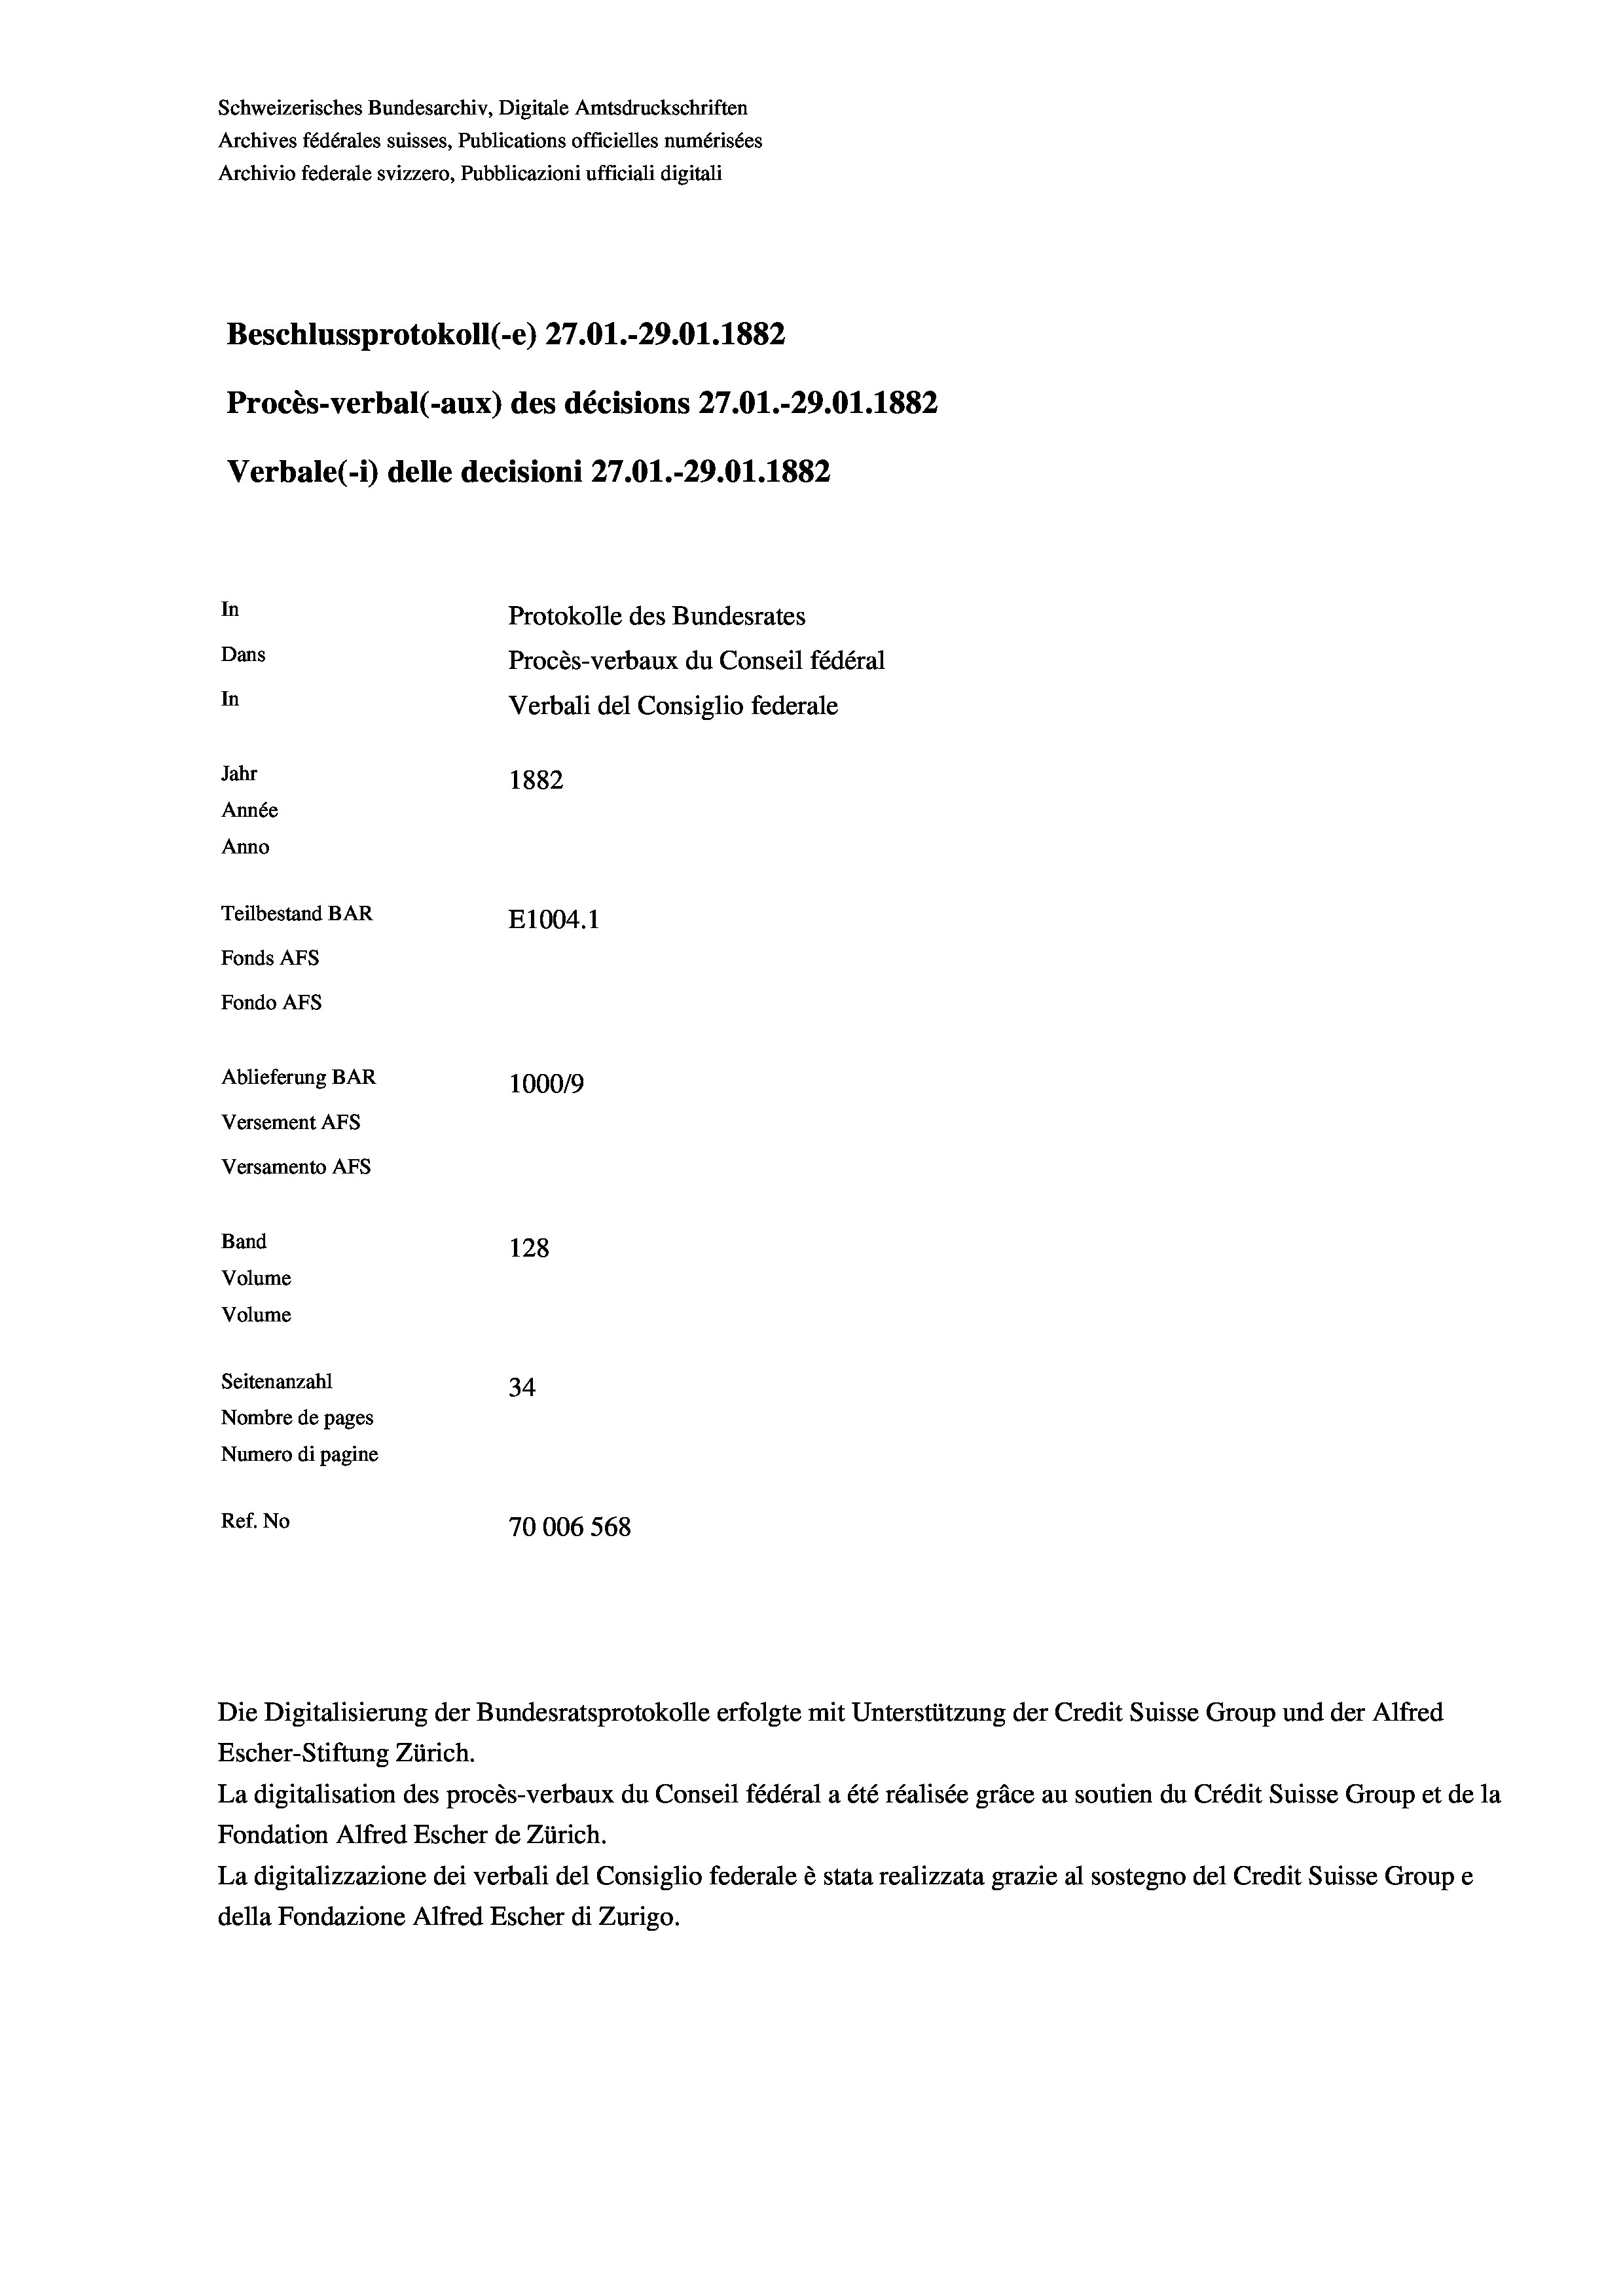
Schweizerisches Bundesarchiv, Digitale Amtsdruckschriften
Archives fédérales suisses, Publications officielles numérisées
Archivio federale svizzero, Pubblicazioni ufficiali digitali
Beschlussprotokoll (-e) 27.01.-29.01. 1882
Procès-verbal (-aux) des décisions 27.01.-29.01. 1882
Verbale(-*) delle decisioni 27.O1.-29.01. 1882
In
Protokolle des Bundesrates
Dans
Procès-verbaux du Conseil fédéral
In
Verbali del Consiglio federale
Jahr
1882
Année
Anno
Teilbestand BAR
E1004.1
Fonds AFs
Fondo Afs
Ablieferung BAR
100019
Versement AFs
Versamento Afs
Band
128
Volume
Volume
Seitenanzahl
34
Nombre de pages
Numero di pagine
Ref. No
70006 568

Die Digitalisierung der Bundesratsprotokolle erfolgte mit Unterstützung der Credit Suisse Group und der Alfred
Escher-Stiftung Zürich.
La digitalisation des procès-verbaux du Conseil fédéral a été réalisée gräce au soutien du Crédit Suisse Group et de la
Fondation Alfred Escher de Zürich.
La digitalizzazione dei verbali del Consiglio federale è stata realizzata grazie al sostegno del Credit Suisse Groupe
della Fondazione Alfred Escher di Zurigo.